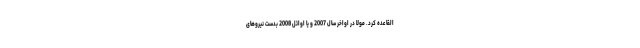
القاعده کرد. مولا در اواخر سال 2007 و یا اوائل 2008 بدست نیروهای